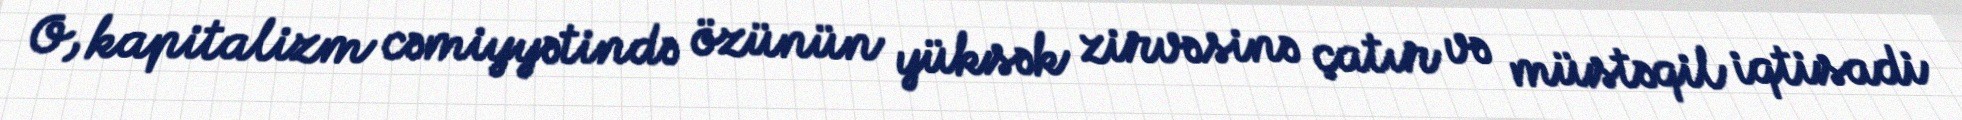
O, kapitalizm cəmiyyətində özünün yüksək zirvəsinə çatır və müstəqil iqtisadi